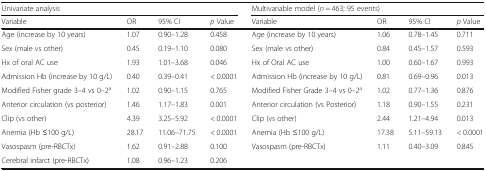
| <COLSPAN=4> Univariate analysis | <COLSPAN=4> Multivariable model (n = 463; 95 events) |
 | Variable | OR | 95% CI | p Value | Variable | OR | 95% CI | p Value |
 | --- | --- | --- | --- | --- | --- | --- | --- |
 | Age (increase by 10 years) | 1.07 | 0.90–1.28 | 0.458 | Age (increase by 10 years) | 1.06 | 0.78–1.45 | 0.711 |
 | Sex (male vs other) | 0.45 | 0.19–1.10 | 0.080 | Sex (male vs other) | 0.84 | 0.45–1.57 | 0.593 |
 | Hx of oral AC use | 1.93 | 1.01–3.68 | 0.046 | Hx of Oral AC use | 1.00 | 0.60–1.67 | 0.993 |
 | Admission Hb (increase by 10 g/L) | 0.40 | 0.39–0.41 | < 0.0001 | Admission Hb (increase by 10 g/L) | 0.81 | 0.69–0.96 | 0.013 |
 | Modified Fisher grade 3–4 vs 0–2a | 1.02 | 0.90–1.15 | 0.765 | Modified Fisher Grade 3–4 vs 0–2a | 1.02 | 0.77–1.36 | 0.876 |
 | Anterior circulation (vs posterior) | 1.46 | 1.17–1.83 | 0.001 | Anterior circulation (vs Posterior) | 1.18 | 0.90–1.55 | 0.231 |
 | Clip (vs other) | 4.39 | 3.25–5.92 | < 0.0001 | Clip (vs other) | 2.44 | 1.21–4.94 | 0.013 |
 | Anemia (Hb ≤100 g/L) | 28.17 | 11.06–71.75 | < 0.0001 | Anemia (Hb ≤100 g/L) | 17.38 | 5.11–59.13 | < 0.0001 |
 | Vasospasm (pre-RBCTx) | 1.62 | 0.91–2.88 | 0.100 | Vasospasm (pre-RBCTx) | 1.11 | 0.40–3.09 | 0.845 |
 | Cerebral infarct (pre-RBCTx) | 1.08 | 0.96–1.23 | 0.206 |  |  |  |  |